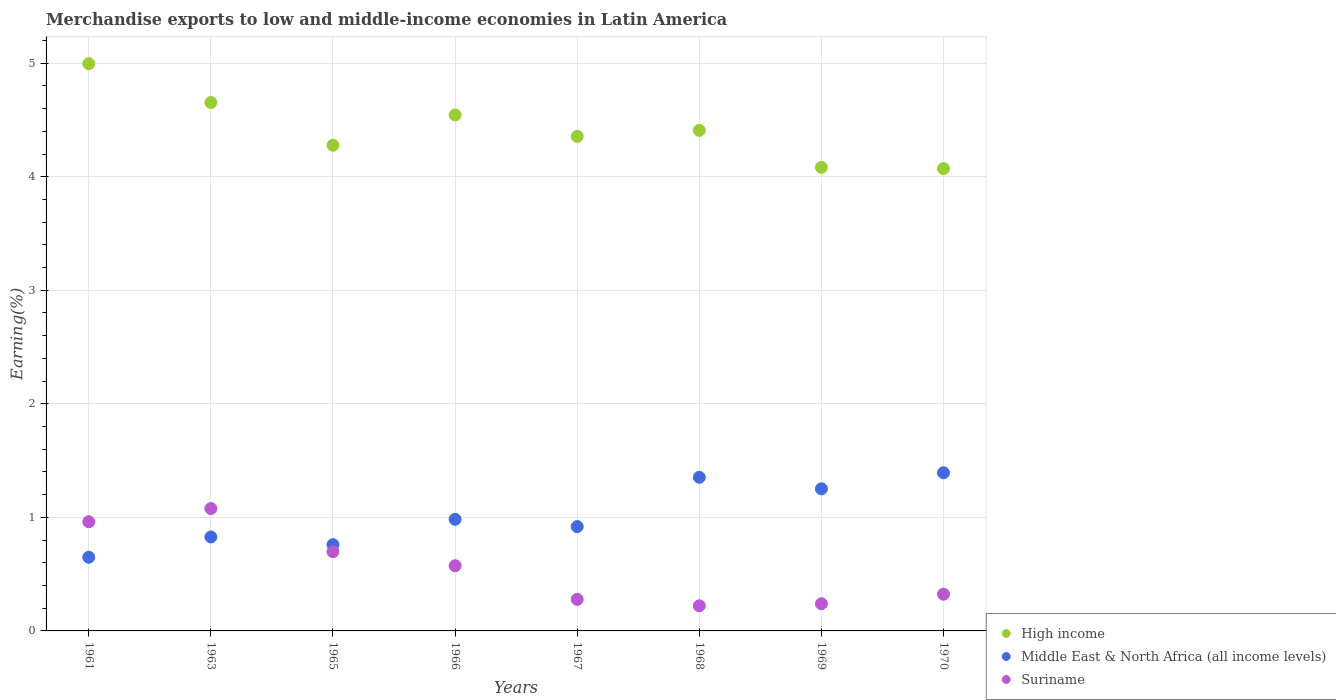
| Years | High income | Middle East & North Africa (all income levels) | Suriname |
 | --- | --- | --- | --- |
 | 1961 | 5 | 0.649 | 0.962 |
 | 1963 | 4.65 | 0.827 | 1.08 |
 | 1965 | 4.28 | 0.76 | 0.698 |
 | 1966 | 4.54 | 0.983 | 0.574 |
 | 1967 | 4.36 | 0.919 | 0.278 |
 | 1968 | 4.41 | 1.35 | 0.221 |
 | 1969 | 4.08 | 1.25 | 0.239 |
 | 1970 | 4.07 | 1.39 | 0.323 |